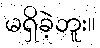
မရှိခဲ့ဘူး။